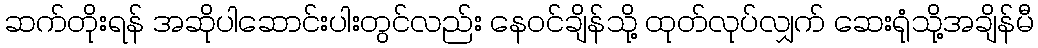
ဆက်တိုးရန် အဆိုပါဆောင်းပါးတွင်လည်း နေဝင်ချိန်သို့ ထုတ်လုပ်လျှက် ဆေးရုံသို့အချိန်မီ